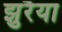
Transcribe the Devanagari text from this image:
झुरैया